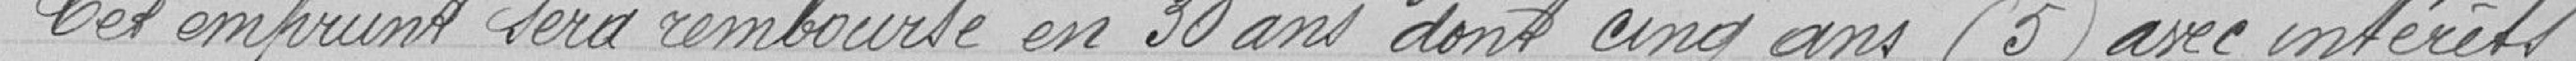
Cet emprunt sera remboursé en 30 ans dont cinq ans (5) avec intérêts